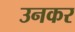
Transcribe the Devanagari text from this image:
उनकर